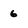
Character: 6